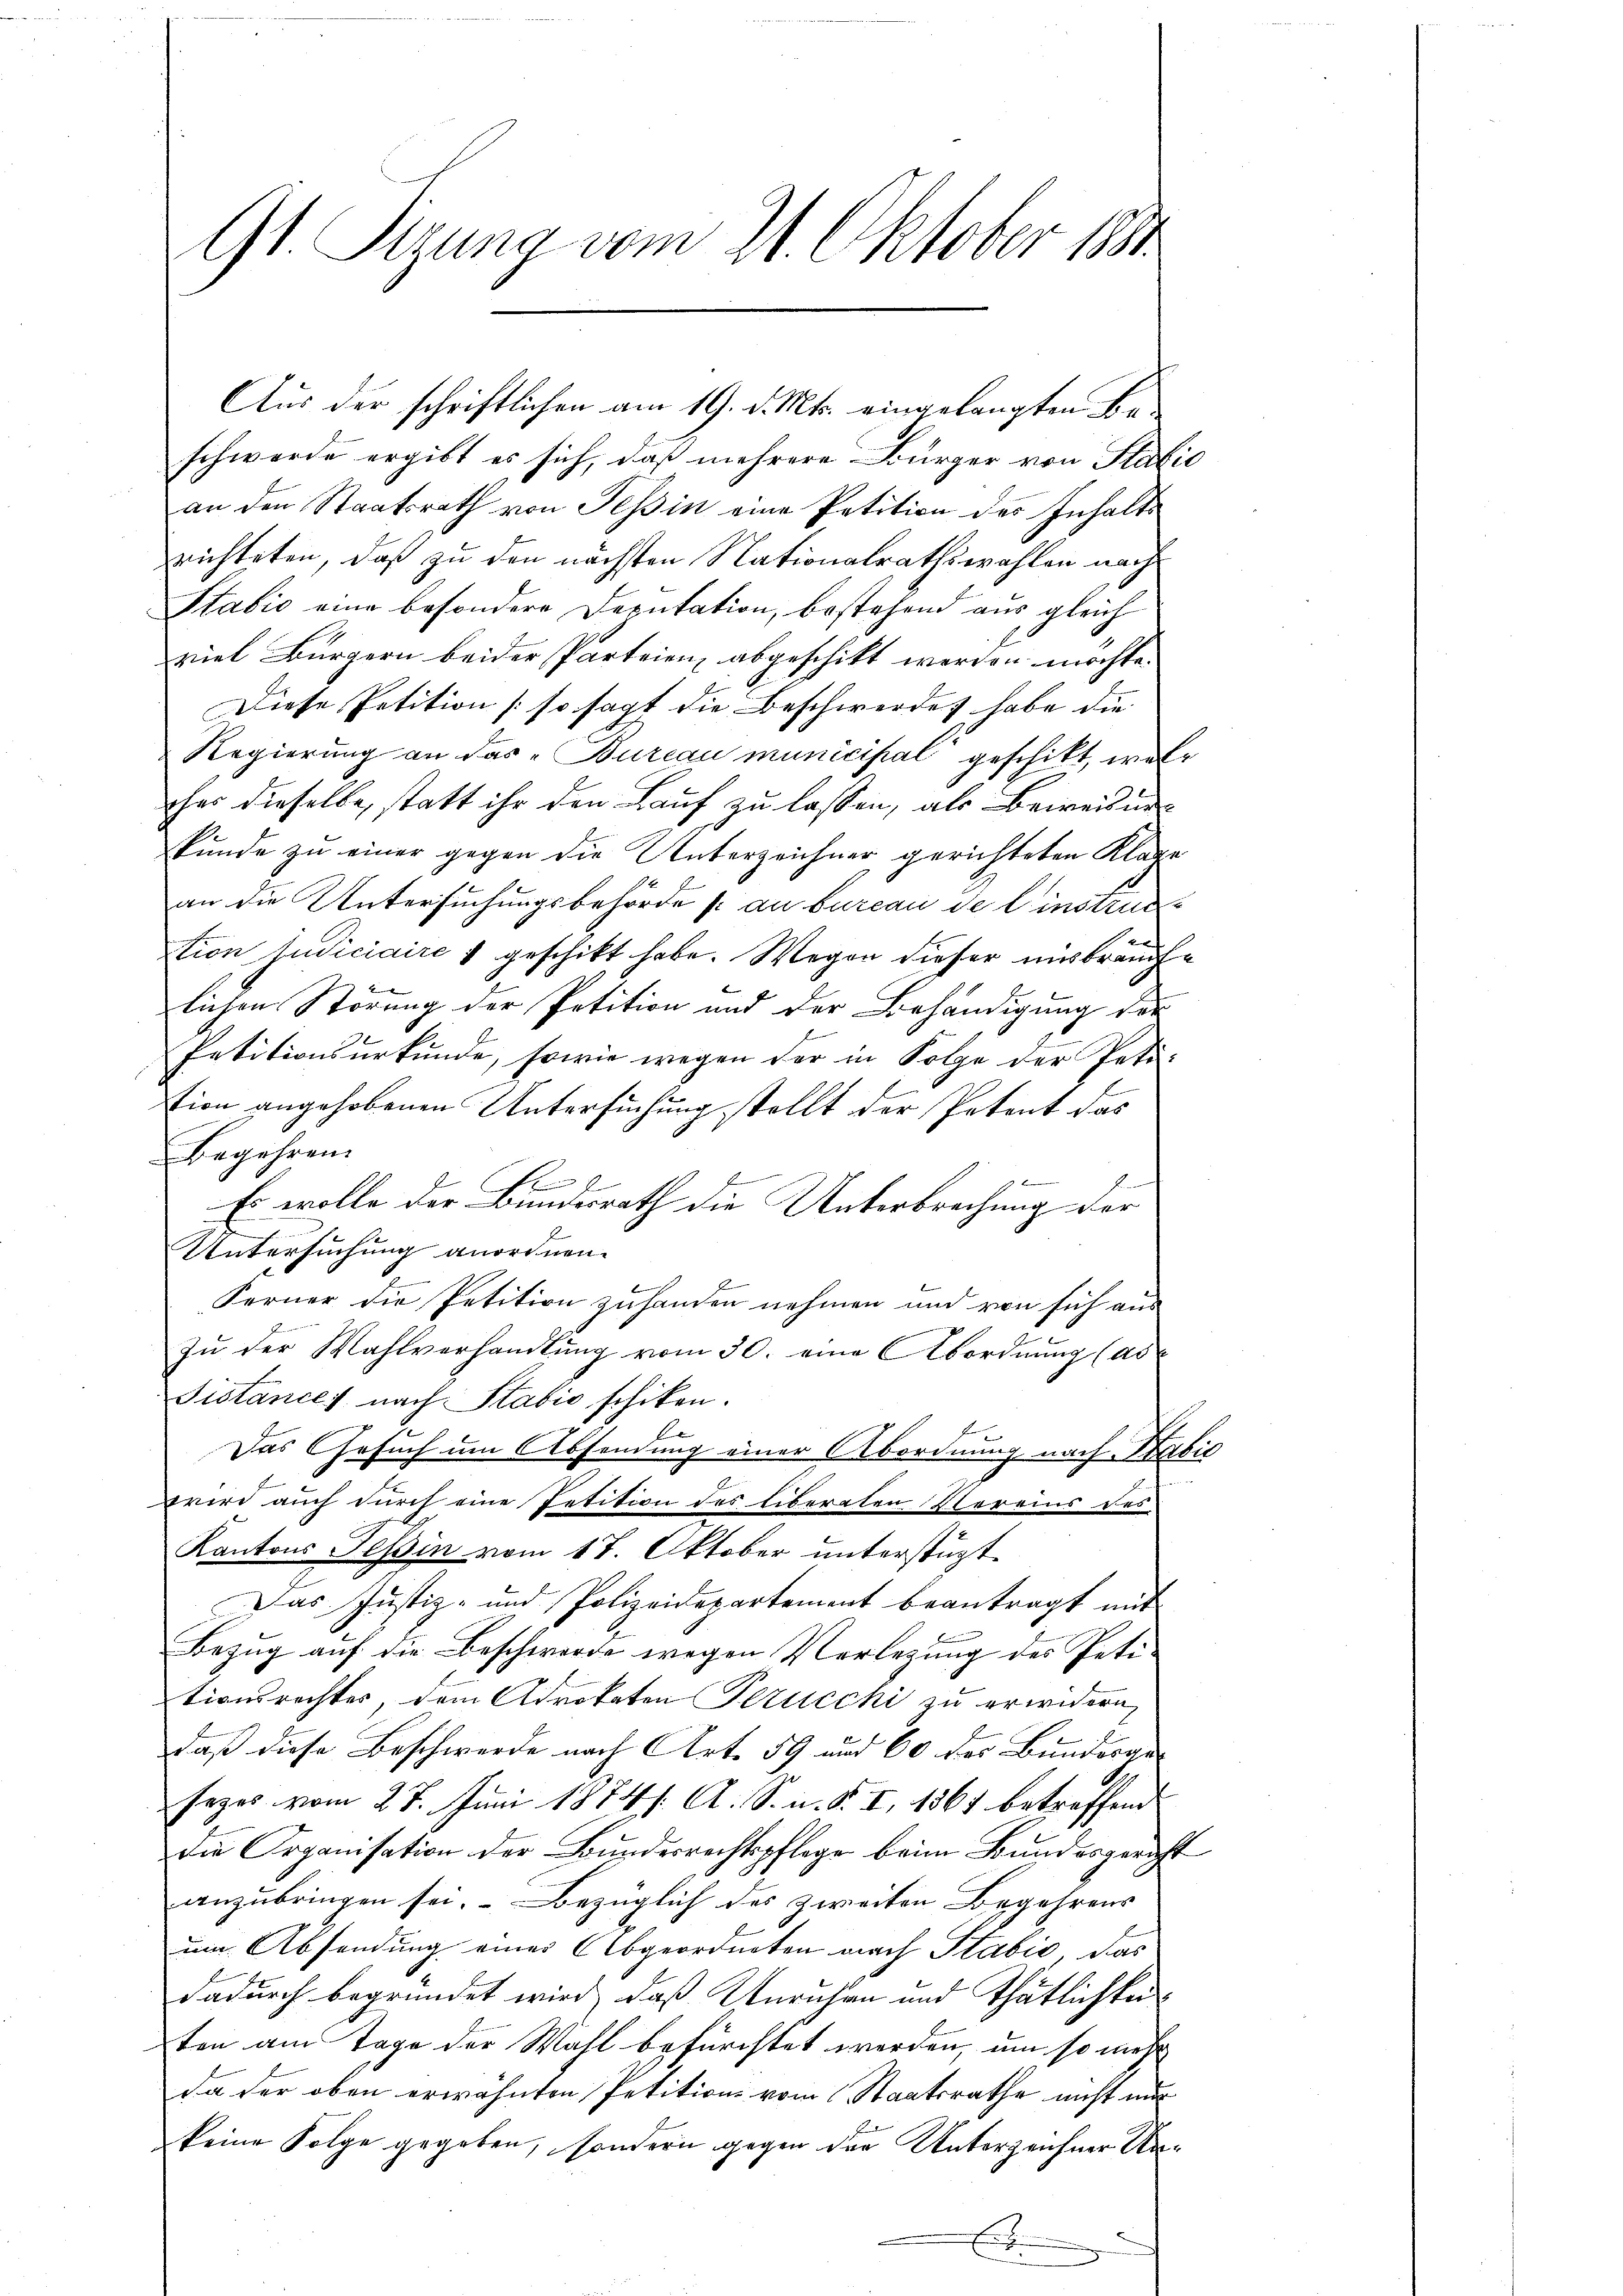
91 Sizung vom 21. Oktober 1891

Aus der schriftlichen am 19. d. Mts. eingelangten Beschwerde ergibt es sich, daß mehrere Bürger von Statio
an den Staatsrath von Tessin eine Petition des Inhalte
richteten, daß zu den nächsten Nationalrathswahlen nach¬
Stabić eine besondere Deputation, bestehend aus gleich
viel Bürgern beider Parteien, abgeschikt werden möchte.
Diese Petition so sagt die Beschwerdes habe die
Regierung an das „Bureau municipal geschikt, weloher dieselbe, statt ihr den Lauf zu lassen, als Beweisung
kunde zu einer gegen die Unterzeichner gerichteten Klage
an die Untersuchungsbehörde s. an bureau de l’instruc
tion Judiciaire & geschikt habe. Wegen dieser mißbräuche
n
lichen Störung der Petition und der Behändigung der
Petitionsurkunde, sowie wegen der in Folge der Petition angehobenen Untersuchung stellt der Petent das
Begehren.
2

Es wolle der Bundesrath die Unterbrechung der
Untersuchung anordnen.
Ferner die Petition zuhanden nehmen und von sich aus
zu der Wahlverhandlung vom 30. eine Abordnung (as
Pistances nach Stabić schiken.
be
e
Das Gesuch um Absendung einer Abordnung nach Sabić
wird auch durch eine Petition des Eiberaten Vereins des
Kantons Tessin vom 17. Oktober unterstüzt
Das Justiz- und Polizeidepartement beantragt mit
Bezug auf die Beschwerde wegen Verlegung des Petitionsrechtes, dem Advokaten Perucchi zu erwidern,
daß diese Beschwerde nach Art. 59 und 60 des Bundesgesezes vom 27. Juni 1874. A. S. n. F. I, 1861 betreffend
Die Organisation der Bundesrechtspflege beim Bundesgericht
anzubringen sei. Bezüglich des zweiten Begehrens
um Absendung eines Abgeordneten nach Stabić, das
dadurch begründet wird, daß Unruhen und Thätlichkei
ten am Tage der Wahl befürchtet werden, um so mehr
da der oben erwähnten Petitions vom Staatsrathe nicht nur
keine Folge gegeben, sondern gegen der Unterzeichner Un¬